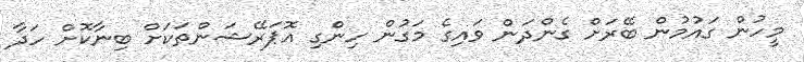
މީހުން ގައުމުން ބޭރަށް ގެންދަން ވައިގެ މަގުން ހިންގި އޮޕަރޭޝަންތަކަށް ބިނާކޮށް ހަދާ